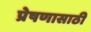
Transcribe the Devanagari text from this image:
प्रेषणासाठी